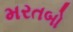
મરતબો